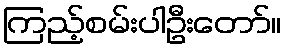
ကြည့်စမ်းပါဦးတော်။